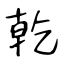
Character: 乾